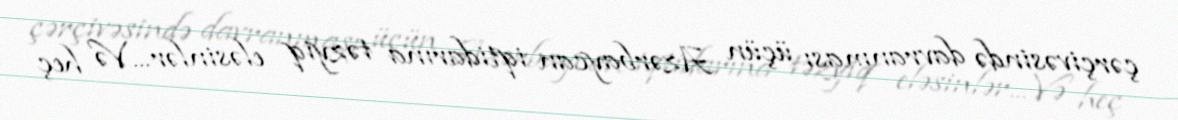
çərçivəsində davranması üçün Azərbaycan iqtidarına təzyiq eləsinlər... Və heç